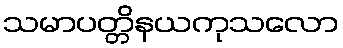
သမာပတ္တိနယကုသလော